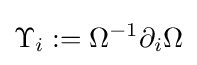
\Upsilon _{i}:=\Omega ^{-1}\partial _{i}\Omega